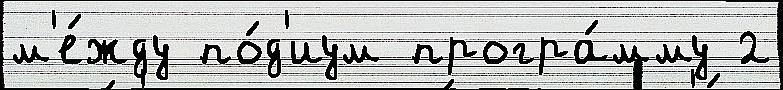
м'е́жду по́д'иум програ́мму 2